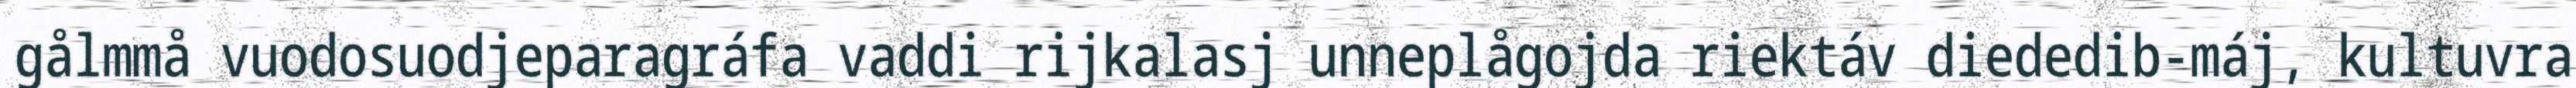
gålmmå vuodosuodjeparagráfa vaddi rijkalasj unneplågojda riektáv diededib-máj, kultuvra